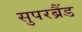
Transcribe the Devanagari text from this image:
सुपरब्रैंड